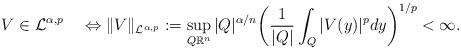
LaTeX: \begin{align*}V\in\mathcal{L}^{\alpha,p}\quad\Leftrightarrow\|V\|_{\mathcal{L}^{\alpha,p}}:=\sup_{Q\mathbb{R}^{n}}|Q|^{\alpha/n}\bigg(\frac1{|Q|}\int_{Q}|V(y)|^pdy\bigg)^{1/p}<\infty.\end{align*}